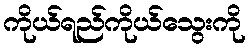
ကိုယ်ရည်ကိုယ်သွေးကို